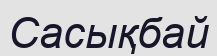
Сасықбай